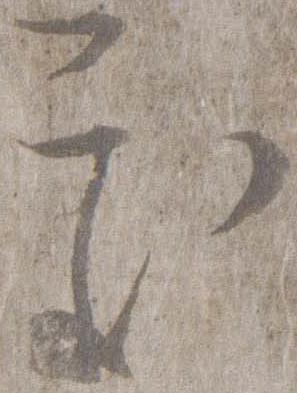
処